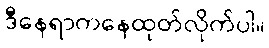
ဒီနေရာကနေထုတ်လိုက်ပါ။